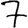
Digit: 7